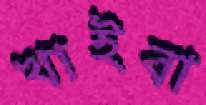
খাইবা